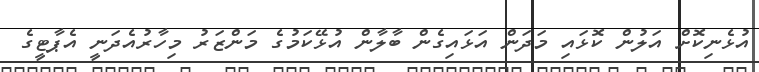
އުޅެނިކޮށް އަލުން ކޮޅައި މަދަން އަޅައިގެން ބާލާން އުޅޭކަމުގެ މަންޒަރު މިހާރުއެދަނީ އެޕާޓީގެ